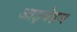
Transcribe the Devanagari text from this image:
आइयेहम